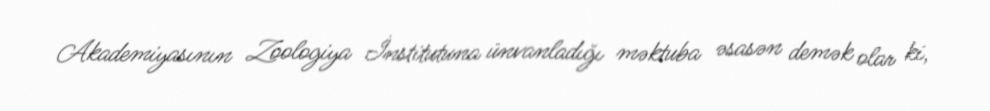
Akademiyasının Zoologiya İnstitutuna ünvanladığı məktuba əsasən demək olar ki,